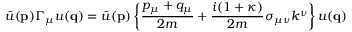
\bar { u } ( { \bf p } ) \Gamma _ { \mu } u ( { \bf q } ) = \bar { u } ( { \bf p } ) \left\{ \frac { p _ { \mu } + q _ { \mu } } { 2 m } + \frac { i ( 1 + \kappa ) } { 2 m } \sigma _ { \mu \nu } k ^ { \nu } \right\} u ( { \bf q } )